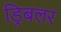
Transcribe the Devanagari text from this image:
ड्रिबलर